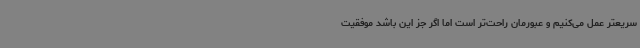
سریعتر عمل می‌کنیم و عبورمان راحت‌تر است اما اگر جز این باشد موفقیت